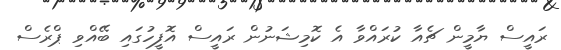
ރައީސް ޔާމީން ޗެއާ ކުރައްވާ އެ ކޮމިޝަނުން ރައީސް އޮފީހުގައި ބޭއްވި ޕްރެސް